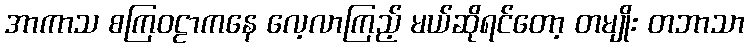
အာကာသ စကြဝဠာကနေ လေ့လာကြည့် မယ်ဆိုရင်တော့ တမျိုး တဘာသာ